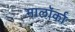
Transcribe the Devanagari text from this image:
मालॉर्का